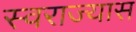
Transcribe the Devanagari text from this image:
स्वराज्यास